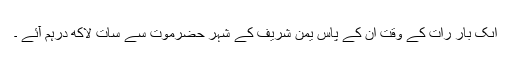
اىک بار رات کے وقت ان کے پاس یَمن شریف کے شہر حَضْرَمَوْت سے سات لاکھ درہم آئے ۔